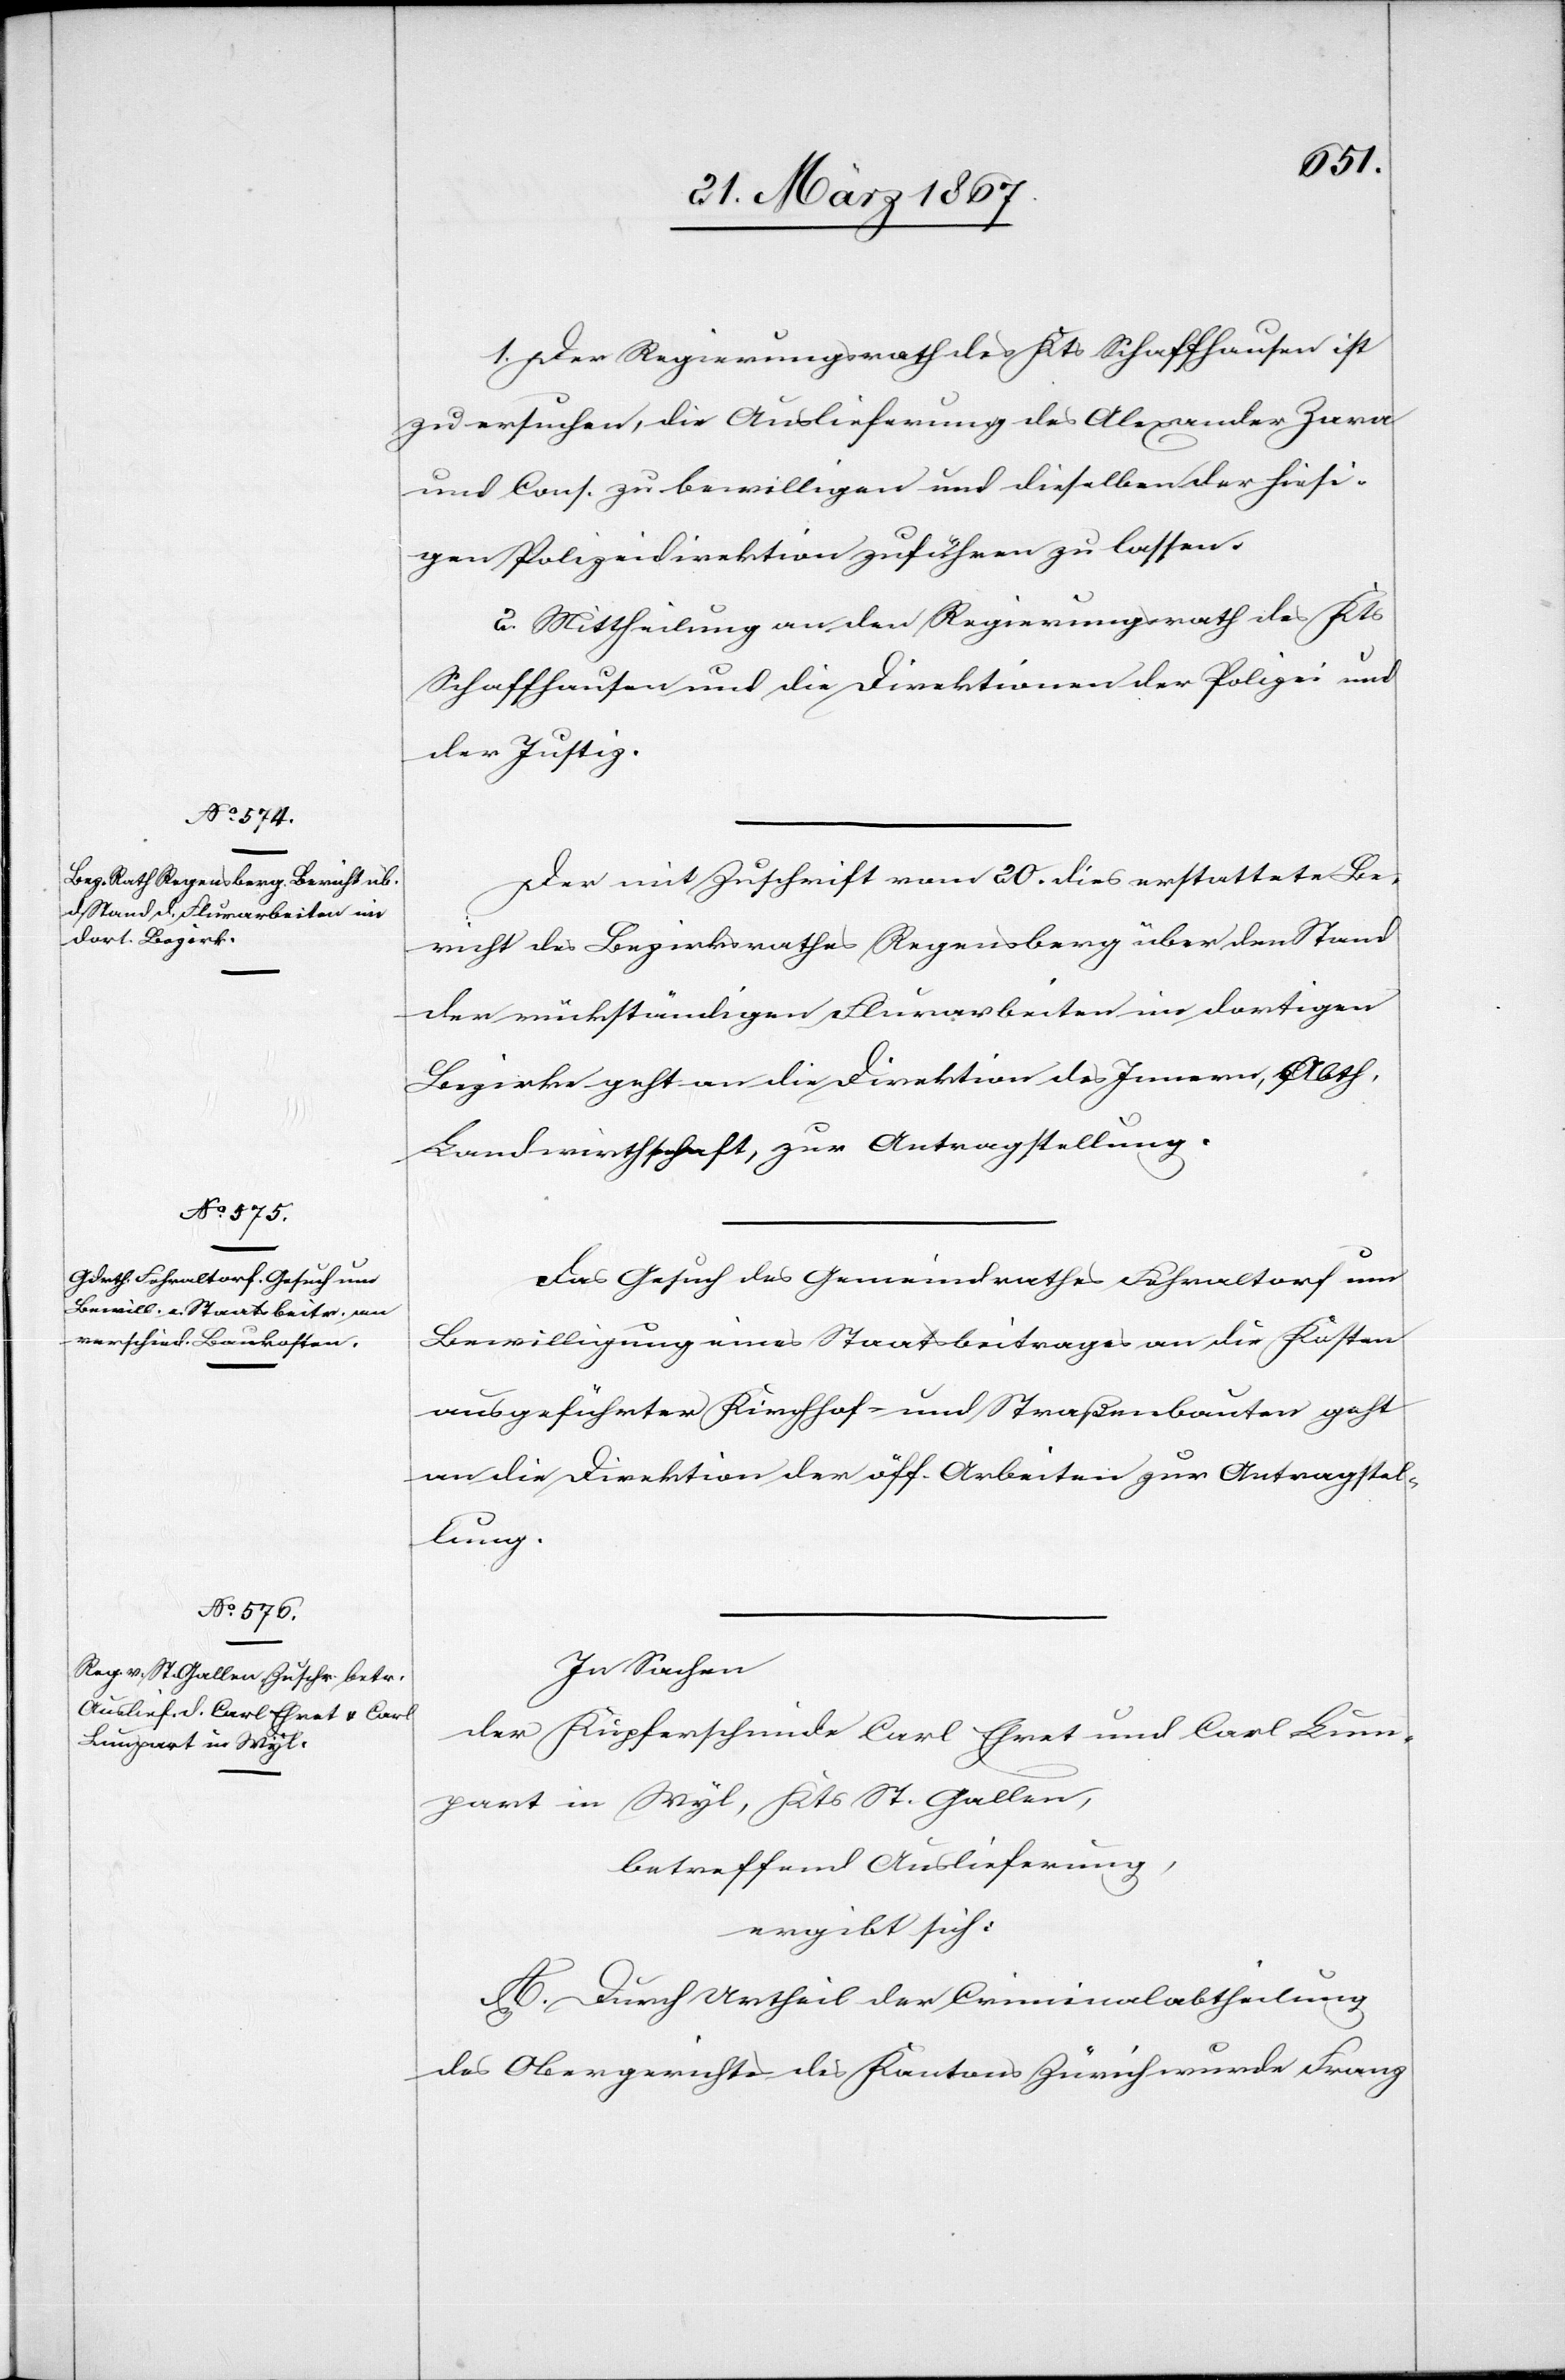
23. März 1867.]
1. Der Regierungsrath des Kts Schaffhausen ist
zu ersuchen, die Auslieferung des Alexander Zara
und Cons. zu bewilligen und dieselben der hiesi¬
gen Polizeidirektion zuführen zu lassen.
2. Mittheilung an den Regierungsrath des Kts
Schaffhausen und die Direktionen der Polizei und
der Justiz.
Der mit Zuschrift vom 20. dies erstattete Be¬
richt des Bezirksrathes Regensberg über den Stand
der rückständigen Flurarbeiten im dortigen
Bezirke geht an die Direktion des Innern, Abth.
Landwirthschaft, zur Antragstellung.
Das Gesuch des Gemeindrathes Fehraltorf um
Bewilligung eines Staatsbeitrages an die Kosten
ausgeführter Kirchhof- und Straßenbauten geht
an die Direktion der öff. Arbeiten zur Antragstel¬
lung.
In Sachen
der Kupferschmide Carl Ehret und Carl Lum¬
part in Wyl, Kts St. Gallen,
betreffend Auslieferung,
ergibt sich:
A. Durch Urtheil der Civilabtheilung
des Obergerichtes des Kantons Zürich wurde Franz